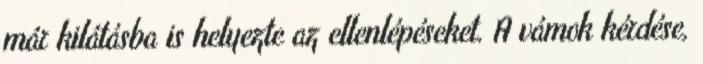
már kilátásba is helyezte az ellenlépéseket. A vámok kérdése,